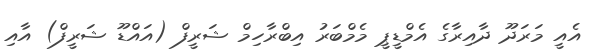
އެއީ މަރަދޫ ދާއިރާގެ އެމްޑީޕީ މެމްބަރު އިބްރާހިމް ޝަރީފް (އައްޑޫ ޝަރީފް) އާއި